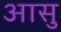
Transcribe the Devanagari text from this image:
आसु